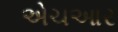
એચઆર